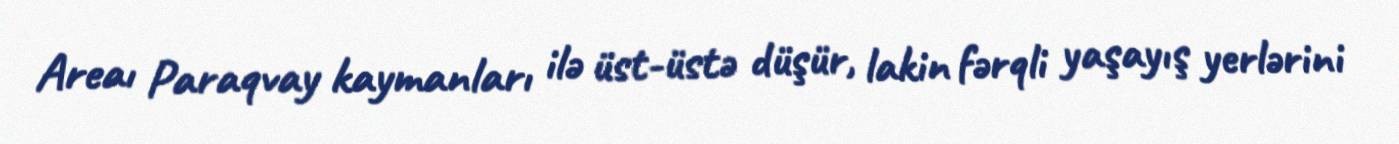
Areaı Paraqvay kaymanları ilə üst-üstə düşür, lakin fərqli yaşayış yerlərini